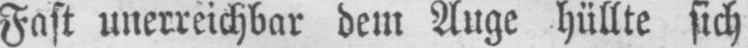
Fast unerreichbar dem Auge hüllte sich